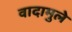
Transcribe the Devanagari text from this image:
वादामुले